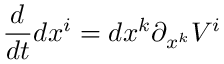
{ \frac { d } { d t } } d x ^ { i } = d x ^ { k } \partial _ { x ^ { k } } V ^ { i }